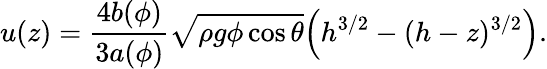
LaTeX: u(z)=\frac{4b(\phi)}{3a(\phi)}\sqrt{\rho g\phi\cos\theta}\Big(h^{3/2}-(h-z)^{3/2}\Big).